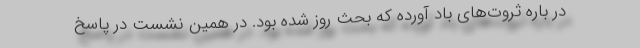
در باره ثروت‌های باد آورده که بحث روز شده بود. در همین نشست در پاسخ